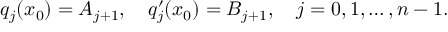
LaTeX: q _ { j } ( x _ { 0 } ) = A _ { j + 1 } , \quad q _ { j } ^ { \prime } ( x _ { 0 } ) = B _ { j + 1 } , \quad j = 0 , 1 , \ldots , n - 1 .